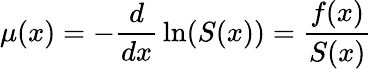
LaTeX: \mu(x)=-{\frac{d}{dx}}\ln(S(x))={\frac{f(x)}{S(x)}}